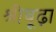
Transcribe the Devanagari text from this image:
श्रीबूढ़ा